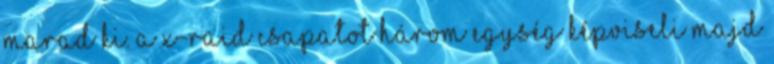
marad ki. A X-Raid csapatot három egység képviseli majd